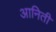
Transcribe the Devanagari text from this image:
आनिती